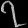
Digit: ၇